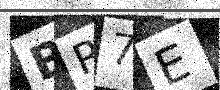
Text: BR7E